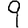
Digit: 9